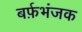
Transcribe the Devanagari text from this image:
बर्फ़भंजक